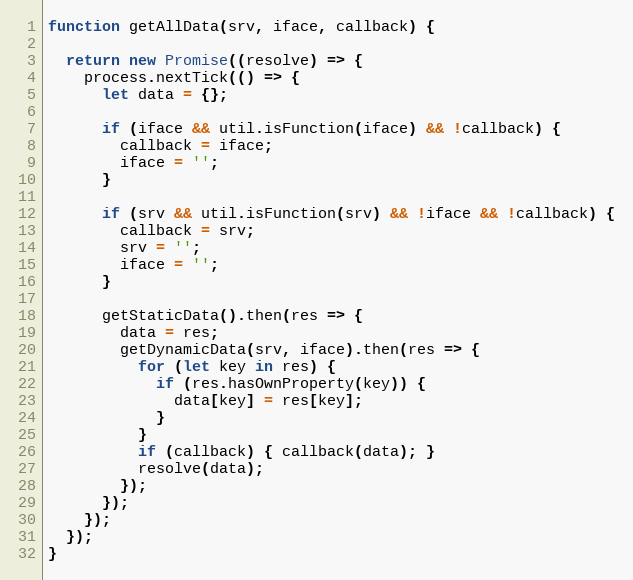
Language: JavaScript
function getAllData(srv, iface, callback) {

  return new Promise((resolve) => {
    process.nextTick(() => {
      let data = {};

      if (iface && util.isFunction(iface) && !callback) {
        callback = iface;
        iface = '';
      }

      if (srv && util.isFunction(srv) && !iface && !callback) {
        callback = srv;
        srv = '';
        iface = '';
      }

      getStaticData().then(res => {
        data = res;
        getDynamicData(srv, iface).then(res => {
          for (let key in res) {
            if (res.hasOwnProperty(key)) {
              data[key] = res[key];
            }
          }
          if (callback) { callback(data); }
          resolve(data);
        });
      });
    });
  });
}